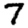
Digit: 7